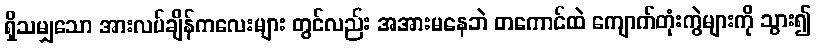
ရှိသမျှသော အားလပ်ချိန်ကလေးများ တွင်လည်း အအားမနေဘဲ တကောင်ထဲ ကျောက်တုံးကွဲများကို သွား၍